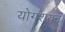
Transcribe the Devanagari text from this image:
योगशयन